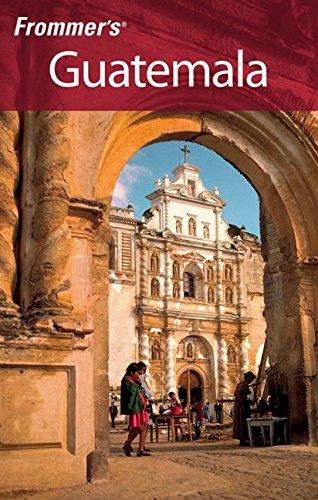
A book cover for Frommer's Guatemala (Frommer's Complete Guides); Eliot Greenspan; Travel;